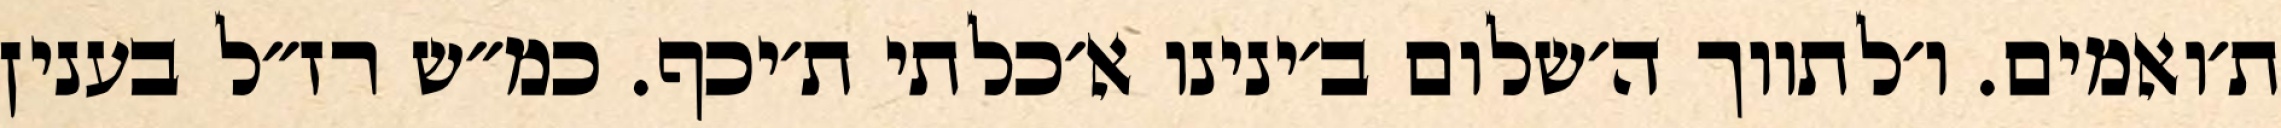
ת׳ואמים. ו׳לתווך ה׳שלום ב׳ינינו א׳כלתי ת׳יכף. כמ״ש רז״ל בענין